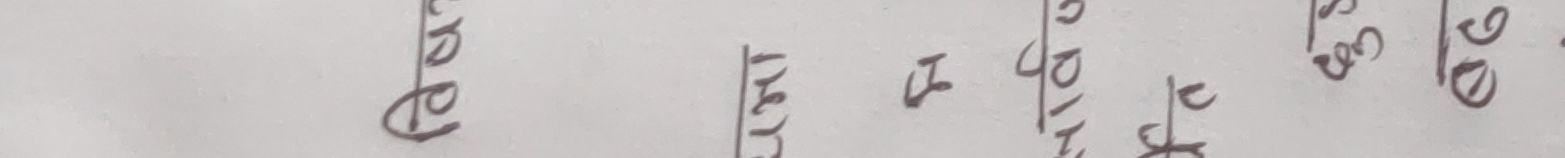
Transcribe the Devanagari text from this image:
देवेंद्र थापा १।९।४०।१६ ०४।३०।४० ।०४।३०.